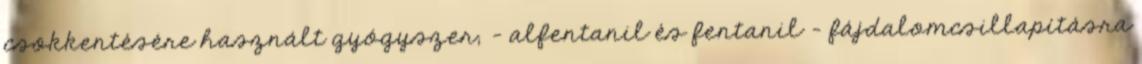
csökkentésére használt gyógyszer; - alfentanil és fentanil - fájdalomcsillapításra